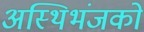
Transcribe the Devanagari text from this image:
अस्थिभंजकों